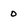
Character: 0